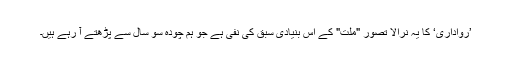
’رواداری‘ کا یہ نرالا تصور "ملت" کے اس بنیادی سبق کی نفی ہے جو ہم چودہ سو سال سے پڑھتے آ رہے ہیں۔